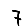
Digit: 7